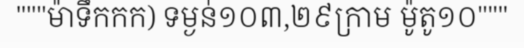
"""ម៉ាទឹកកក) ទម្ងន់១០៣,២៩ក្រាម ម៉ូតូ១០"""